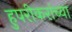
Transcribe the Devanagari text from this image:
हुपरीकरांच्या